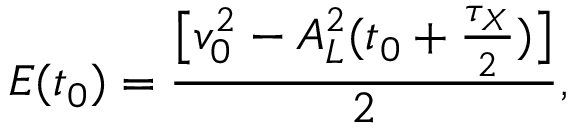
E ( t _ { 0 } ) = \frac { \big [ v _ { 0 } ^ { 2 } - A _ { L } ^ { 2 } ( t _ { 0 } + \frac { \tau _ { X } } { 2 } ) \big ] } { 2 } ,